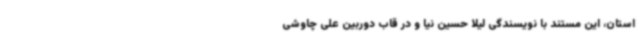
استان، این مستند با نویسندگی لیلا حسین نیا و در قاب دوربین علی چاوشی